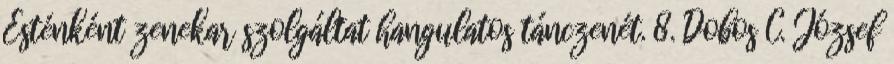
Esténként zenekar szolgáltat hangulatos tánczenét. 8. Dobos C. József